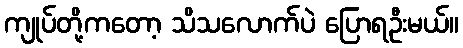
ကျုပ်တို့ကတော့ သိသလောက်ပဲ ပြောရဦးမယ်။